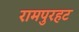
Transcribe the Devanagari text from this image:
रामपुरहट